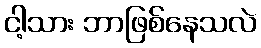
ငါ့သား ဘာဖြစ်နေသလဲ